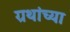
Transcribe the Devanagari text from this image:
ग्रथांच्या